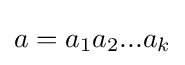
a=a_{1}a_{2}...a_{k}